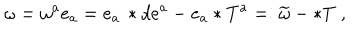
\omega = \omega ^ { a } e _ { a } = e _ { a } \, \ast d e ^ { a } - e _ { a } \ast T ^ { a } = : \widetilde { \omega } - \ast T \; ,